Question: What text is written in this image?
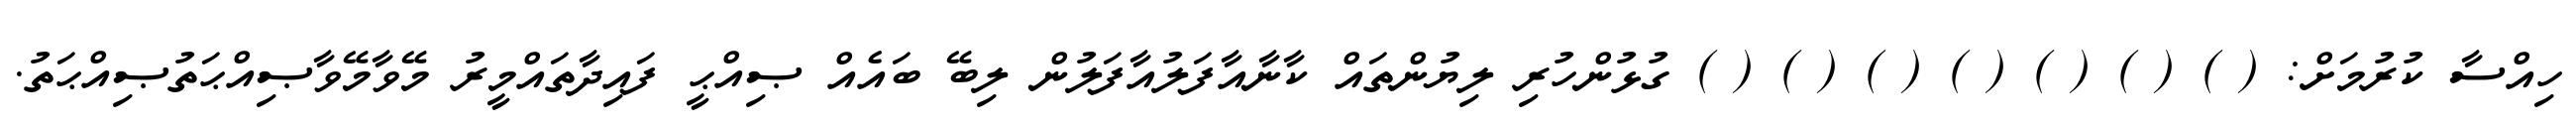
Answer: ހިއްސާ ކުރުމަށް: ( ) ( ) ( ) ( ) ( ) ( ) ( ) ގުޅުންހުރި ލިޔުންތައް ކާނާއާފަލުއާފަލުން ލިބޭ ބައެއް ޞިއްޙީ ފައިދާތައްމީރު މޭވާމޭވާޞިއްޙަތުޞިއްޙަތު.